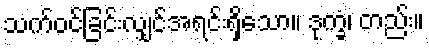
သက်ဝင်ခြင်းလျှင်အရင်းရှိသော။ ဒုက္ခံ၊ တည်း။